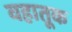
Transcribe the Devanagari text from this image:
वहातूक